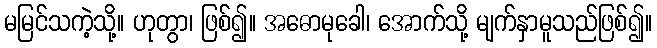
မမြင်သကဲ့သို့။ ဟုတွာ၊ ဖြစ်၍။ အဓောမုခေါ၊ အောက်သို့ မျက်နှာမူသည်ဖြစ်၍။